Annual report of the Punjab Veterinary College and of the Civil Veterinary Department, Punjab - 1909-1919
Year: 1909
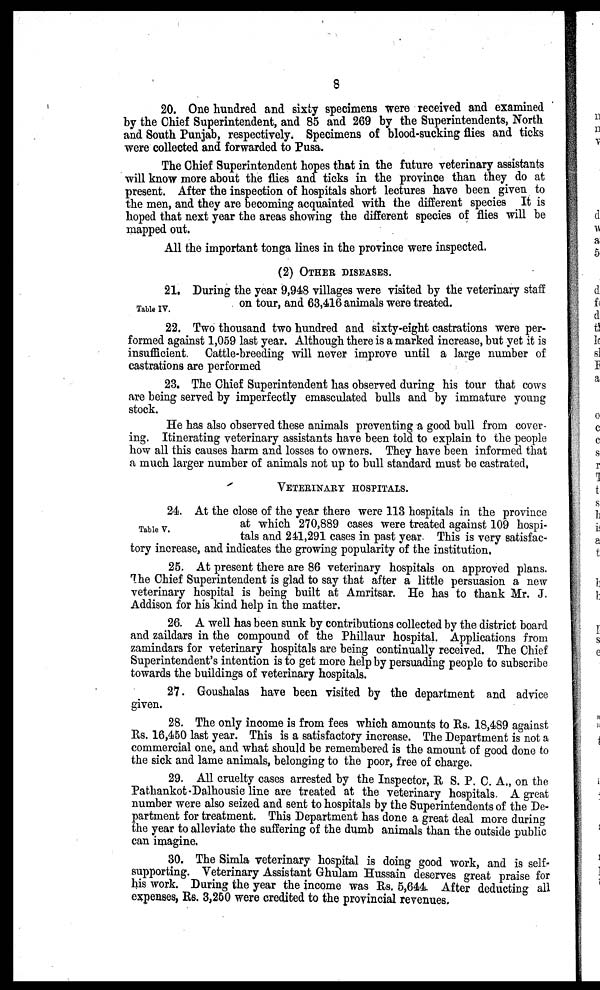
8
20. One hundred and sixty specimens were received and examined
by the Chief Superintendent, and 85 and 269 by the Superintendents, North
and South Punjab, respectively. Specimens of blood-sucking flies and ticks
were collected and forwarded to Pusa.
The Chief Superintendent hopes that in the future veterinary assistants
will know more about the flies and ticks in the province than they do at
present. After the inspection of hospitals short lectures have been given to
the men, and they are becoming acquainted with the different species It is
hoped that next year the areas showing the different species of flies will be
mapped out.
All the important tonga lines in the province were inspected.
(2) OTHER DISEASES.
Table IV.
21. During the year 9,948 villages were visited by the veterinary staff
on tour, and 63,416 animals were treated.
22. Two thousand two hundred and sixty-eight castrations were per-
formed against 1,059 last year. Although there is a marked increase, but yet it is
insufficient. Cattle-breeding will never improve until a large number of
castrations are performed
23. The Chief Superintendent has observed during his tour that cows
are being served by imperfectly emasculated bulls and by immature young
stock.
He has also observed these animals preventing a good bull from cover-
ing. Itinerating veterinary assistants have been told to explain to the people
how all this causes harm and losses to owners. They have been informed that
a much larger number of animals not up to bull standard must be castrated,
VETERINARY HOSPITALS.
Table V.
24. At the close of the year there were 113 hospitals in the province
at which 270,889 cases were treated against 109 hospi-
tals and 241,291 cases in past year. This is very satisfac-
tory increase, and indicates the growing popularity of the institution,
25. At present there are 86 veterinary hospitals on approved plans.
The Chief Superintendent is glad to say that after a little persuasion a new
veterinary hospital is being built at Amritsar. He has to thank Mr. J.
Addison for his kind help in the matter.
26. A well has been sunk by contributions collected by the district board
and zaildars in the compound of the Phillaur hospital. Applications from
zamindars for veterinary hospitals are being continually received. The Chief
Superintendent's intention is to get more help by persuading people to subscribe
towards the buildings of veterinary hospitals.
27. Goushalas have been visited by the department and advice
given.
28. The only income is from fees which amounts to Rs. 18,489 against
Rs. 16,450 last year. This is a satisfactory increase. The Department is not a
commercial one, and what should be remembered is the amount of good done to
the sick and lame animals, belonging to the poor, free of charge.
29. All cruelty cases arrested by the Inspector, R S. P. C. A., on the
Pathankot-Dalhousie line are treated at the veterinary hospitals. A great
number were also seized and sent to hospitals by the Superintendents of the De-
partment for treatment. This Department has done a great deal more during
the year to alleviate the suffering of the dumb animals than the outside public
can imagine.
30. The Simla veterinary hospital is doing good work, and is self-
supporting. Veterinary Assistant Ghulam Hussain deserves great praise for
his work. During the year the income was Rs. 5,644. After deducting all
expenses, Rs. 3,250 were credited to the provincial revenues.